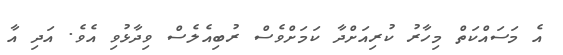
އެ މަސައްކަތް މިހާރު ކުރިއަށްދާ ކަމަށްވެސް ރުބިއެލެސް ވިދާޅުވި އެވެ. އަދި އާ